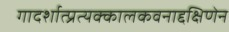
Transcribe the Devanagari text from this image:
गादर्शात्प्रत्यक्कालकवनाद्दक्षिणेन